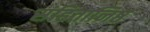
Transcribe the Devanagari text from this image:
संहितानिष्ठ